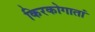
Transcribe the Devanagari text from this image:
किरकोगातां